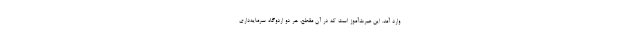
وارد آمد. این عبرت‌آموز است که در آن مقطع، هر دو اردوگاه سرمایه‌داری